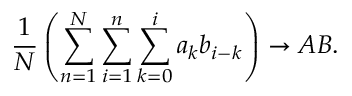
{ \frac { 1 } { N } } \left( \sum _ { n = 1 } ^ { N } \sum _ { i = 1 } ^ { n } \sum _ { k = 0 } ^ { i } a _ { k } b _ { i - k } \right) \to A B .